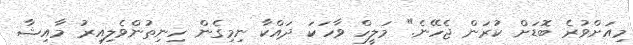
މިއަށްވުރެ ބޮޑަށް ކުރަން ޖެހޭނެ." މަލީހް ވާހަކަ ދައްކާ ނިމިގެން ހިނިތުންވެލިއިރު މާއިޝާ